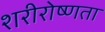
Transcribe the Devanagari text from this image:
शरीरोष्णता